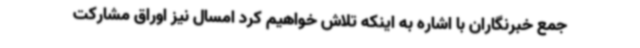
جمع خبرنگاران با اشاره به اینکه تلاش خواهیم کرد امسال نیز اوراق مشارکت